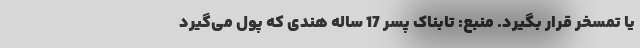
یا تمسخر قرار بگیرد. منبع: تابناک پسر 17 ساله‌ هندی که پول می‌گیرد